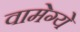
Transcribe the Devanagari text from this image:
वामेग्ये